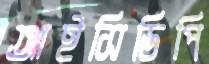
আইসিডিপি